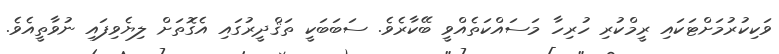
ވަކިކުރުމަށްޓަކައި ރީމްކުރި ހުރިހާ މަސައްކަތެއްވީ ބޭކާރެވެ. ސަބަބަކީ ތަޤްދީރުގައި އެގޮތަށް ލިޔެވިފައި ނުވާތީއެވެ.